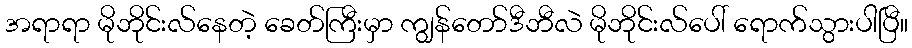
အရာရာ မိုဘိုင်းလ်နေတဲ့ ခေတ်ကြီးမှာ ကျွန်တော်ဒီဘီလဲ မိုဘိုင်းလ်ပေါ် ရောက်သွားပါပြီ။